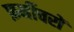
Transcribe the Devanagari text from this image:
फ़र्नीचरों